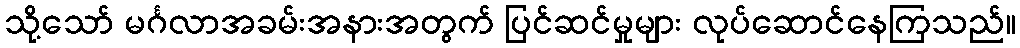
သို့သော် မင်္ဂလာအခမ်းအနားအတွက် ပြင်ဆင်မှုများ လုပ်ဆောင်နေကြသည်။